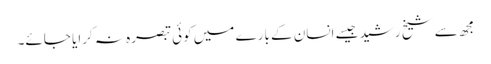
مجھ سے شیخ رشید جیسے انسان کے بارے میں کوئی تبصرہ نہ کرایا جائے۔